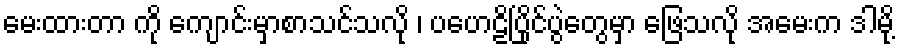
မေးထားတာ ကို ကျောင်းမှာစာသင်သလို ၊ ပဟေဠိပြိုင်ပွဲတွေမှာ ဖြေသလို အမေးက ဒါမို့